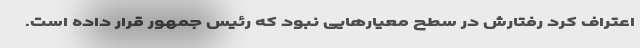
اعتراف کرد رفتارش در سطح معیارهایی نبود که رئیس جمهور قرار داده است.